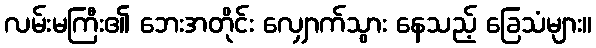
လမ်းမကြီး၏ ဘေးအတိုင်း လျှောက်သွား နေသည့် ခြေသံများ။